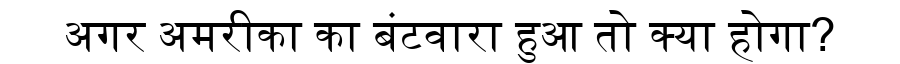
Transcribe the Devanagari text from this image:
अगर अमरीका का बंटवारा हुआ तो क्या होगा?